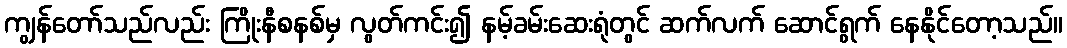
ကျွန်တော်သည်လည်း ကြိုးနီစနစ်မှ လွတ်ကင်း၍ နမ့်ခမ်းဆေးရုံတွင် ဆက်လက် ဆောင်ရွက် နေနိုင်တော့သည်။